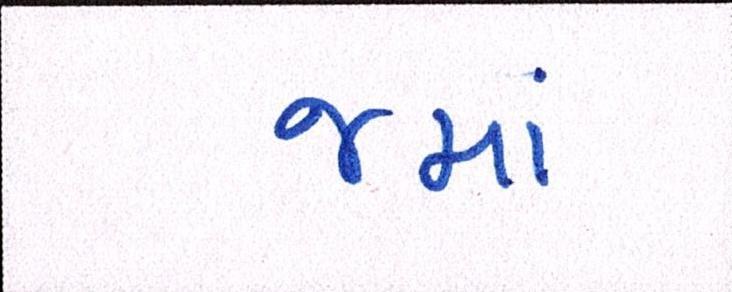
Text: જમાં